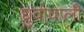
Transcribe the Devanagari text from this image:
ध्रुवोवाली